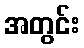
အတွင်း